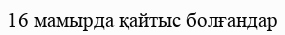
16 мамырда қайтыс болғандар